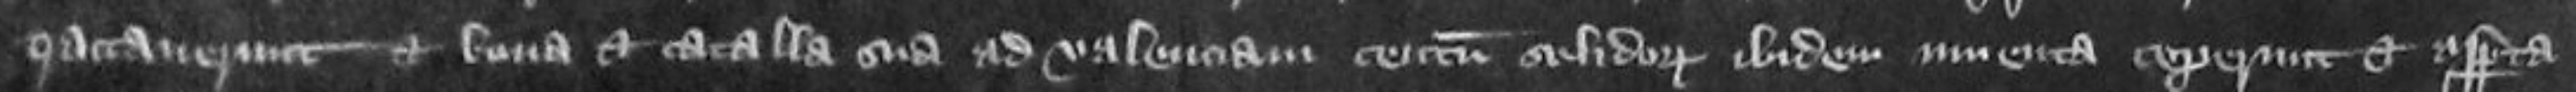
tractaverunt et bona et catalla sua ad valenciam centum alidorum ibidem inventa ceperunt et asporta